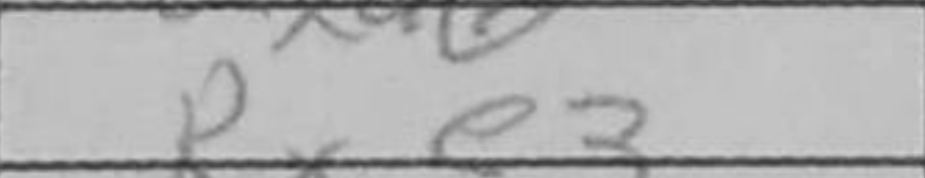
Transcription: Rxe3